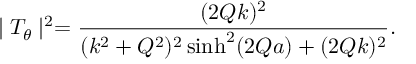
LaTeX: \mid T _ { \theta } \mid ^ { 2 } = \frac { ( 2 Q k ) ^ { 2 } } { ( k ^ { 2 } + Q ^ { 2 } ) ^ { 2 } \sinh ^ { 2 } ( 2 Q a ) + ( 2 Q k ) ^ { 2 } } .